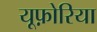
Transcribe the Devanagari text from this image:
यूफ़ोरिया